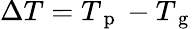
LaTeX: \Delta T=T_{\mathrm{~p~}}-T_{\mathrm{~g~}}